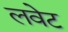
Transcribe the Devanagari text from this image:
लवेट